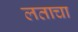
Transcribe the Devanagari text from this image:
लताचा